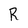
Character: R